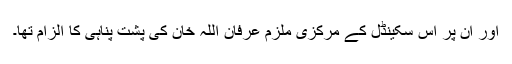
اور ان پر اس سکینڈل کے مرکزی ملزم عرفان اللہ خان کی پشت پناہی کا الزام تھا۔